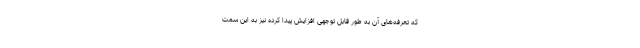
که تعرفه‌های آن به طور قابل توجهی افزایش پیدا کرده نیز به این سمت